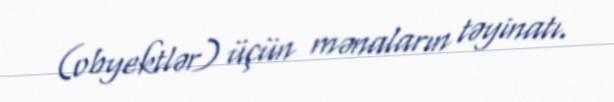
(obyektlər) üçün mənaların təyinatı.